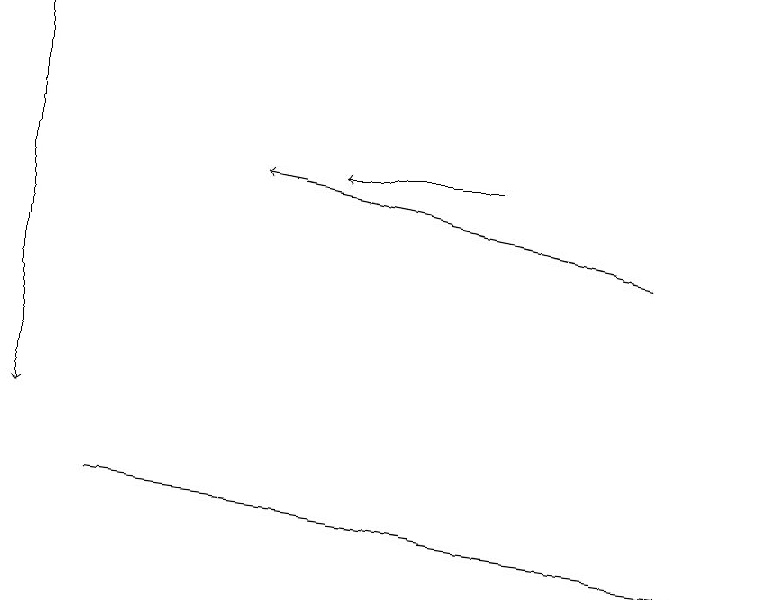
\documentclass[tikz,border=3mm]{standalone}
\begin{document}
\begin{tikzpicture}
\draw[->] (6,17) -- (4,17);
\draw[->] (0,19) -- (0,14);
\draw[->] (8,16) -- (3,17);
\draw[->] (1,13) -- (9,12);
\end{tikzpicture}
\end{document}